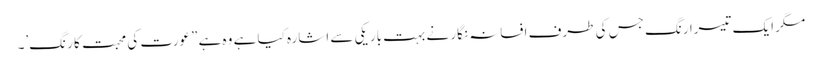
مگر ایک تیسرا رنگ جس کی طرف افسانہ نگار نے بہت باریکی سے اشارہ کیا ہے وہ ہے ”عورت کی محبت کا رنگ’۔